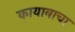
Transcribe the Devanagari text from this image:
कायावाचा